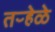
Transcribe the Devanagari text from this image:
तऱ्हेळे